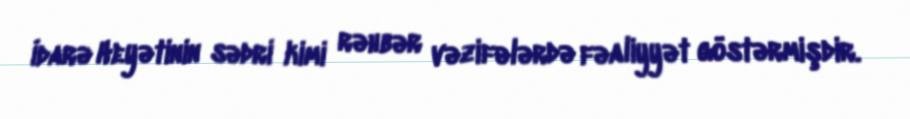
İdarə Heyətinin sədri kimi rəhbər vəzifələrdə fəaliyyət göstərmişdir.